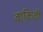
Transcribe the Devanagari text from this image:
वाकिदी